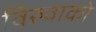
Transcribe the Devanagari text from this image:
विरुवाको